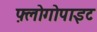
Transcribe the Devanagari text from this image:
फ़्लोगोपाइट